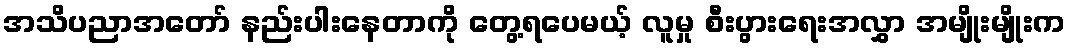
အသိပညာအတော် နည်းပါးနေတာကို တွေ့ရပေမယ့် လူမှု စီးပွားရေးအလွှာ အမျိုးမျိုးက